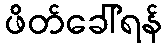
ဖိတ်ခေါ်ရန်